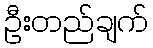
ဦးတည်ချက်